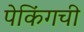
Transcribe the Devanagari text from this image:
पेकिंगची